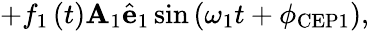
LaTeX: +f_{1}\left(t\right)\mathbf{A}_{1}\hat{{\mathbf{{e}}}}_{1}\sin\left(\omega_{1}t+\phi_{\mathrm{{CEP}}1}\right),